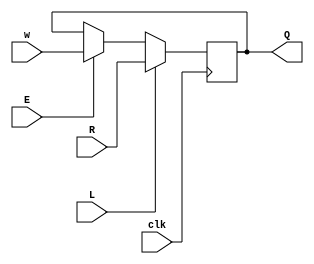
module top_module (
    input clk,
    input w, R, E, L,
    output Q
);
    
    wire E_out, L_out;
    
    assign E_out = ( E ? w : Q );
    assign L_out = ( L ? R : E_out);
    
    always@ (posedge clk) begin
        Q <= L_out;
    end
    
endmodule